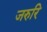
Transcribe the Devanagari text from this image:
जरुरि